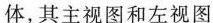
体，其主视图和左视图